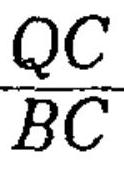
\(\frac{QC}{BC}\)